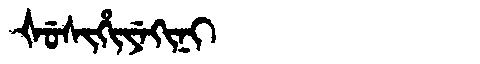
Manchu: ᡧᡠᠰᡳᡥᡳᠶᡝᡴᡳᠨᡳ
Romanization: ŠUSIHIYEKINI